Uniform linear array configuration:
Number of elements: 12
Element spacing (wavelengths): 0.25
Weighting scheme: cosine
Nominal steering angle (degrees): -30
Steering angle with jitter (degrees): -29.662
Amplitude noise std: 0.05
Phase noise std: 0.05

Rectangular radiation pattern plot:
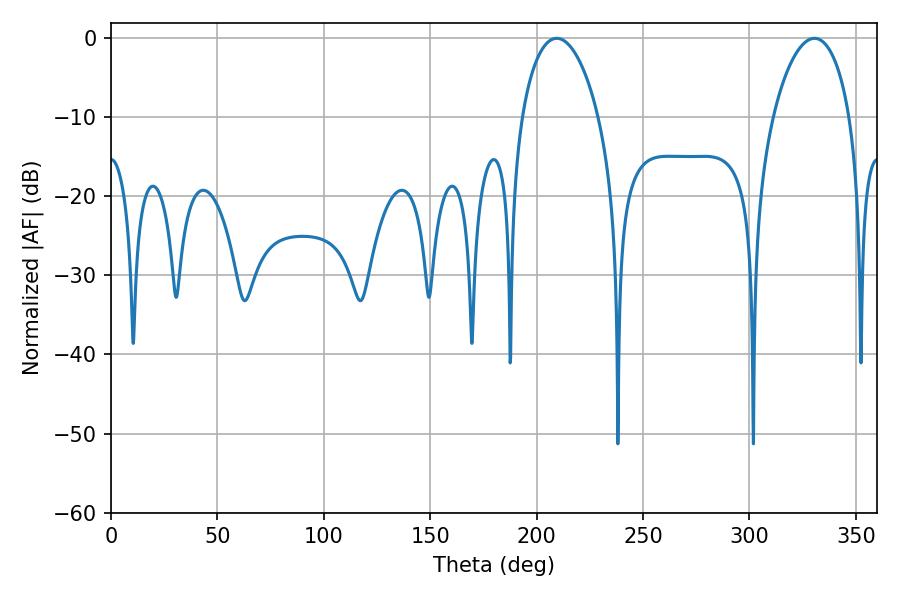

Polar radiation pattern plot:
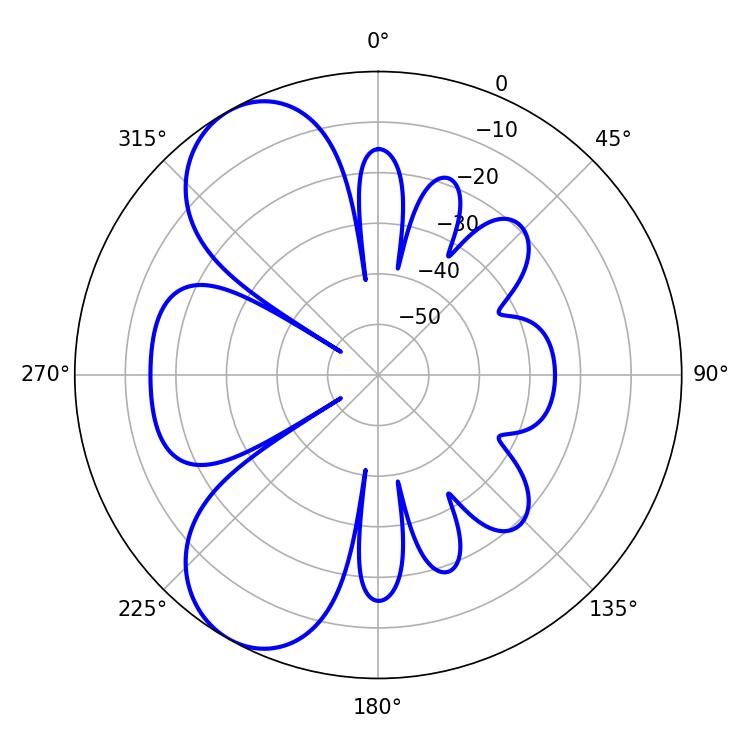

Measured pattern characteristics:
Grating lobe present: FALSE
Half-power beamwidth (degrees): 20.52
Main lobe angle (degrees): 209.52